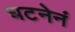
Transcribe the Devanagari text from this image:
घटनेनं